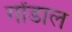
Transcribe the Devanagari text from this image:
गोंडाल